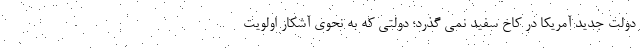
دولت جدید آمریکا در کاخ سفید نمی گذرد؛ دولتی که به نحوی آشکار اولویت